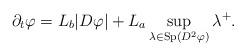
LaTeX: \begin{align*}\partial_t \varphi = L_b |D\varphi|+L_a \sup_{\lambda \in \textup{Sp} (D^2 \varphi)} \lambda^+.\end{align*}